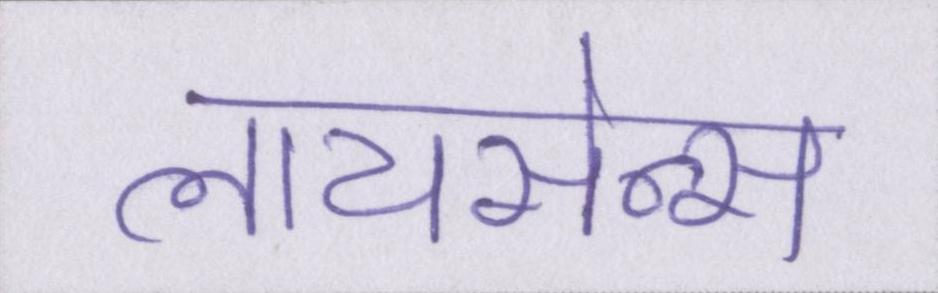
लायसेन्स